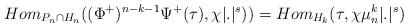
LaTeX: \begin{align*}Hom_{P_n\cap H_n}((\Phi^+)^{n-k-1} \Psi^+(\tau),\chi|.|^s))=Hom_{H_k}(\tau,\chi\mu_n^k|.|^s) \end{align*}